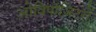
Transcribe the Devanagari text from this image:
ओविपॉज़िटरों